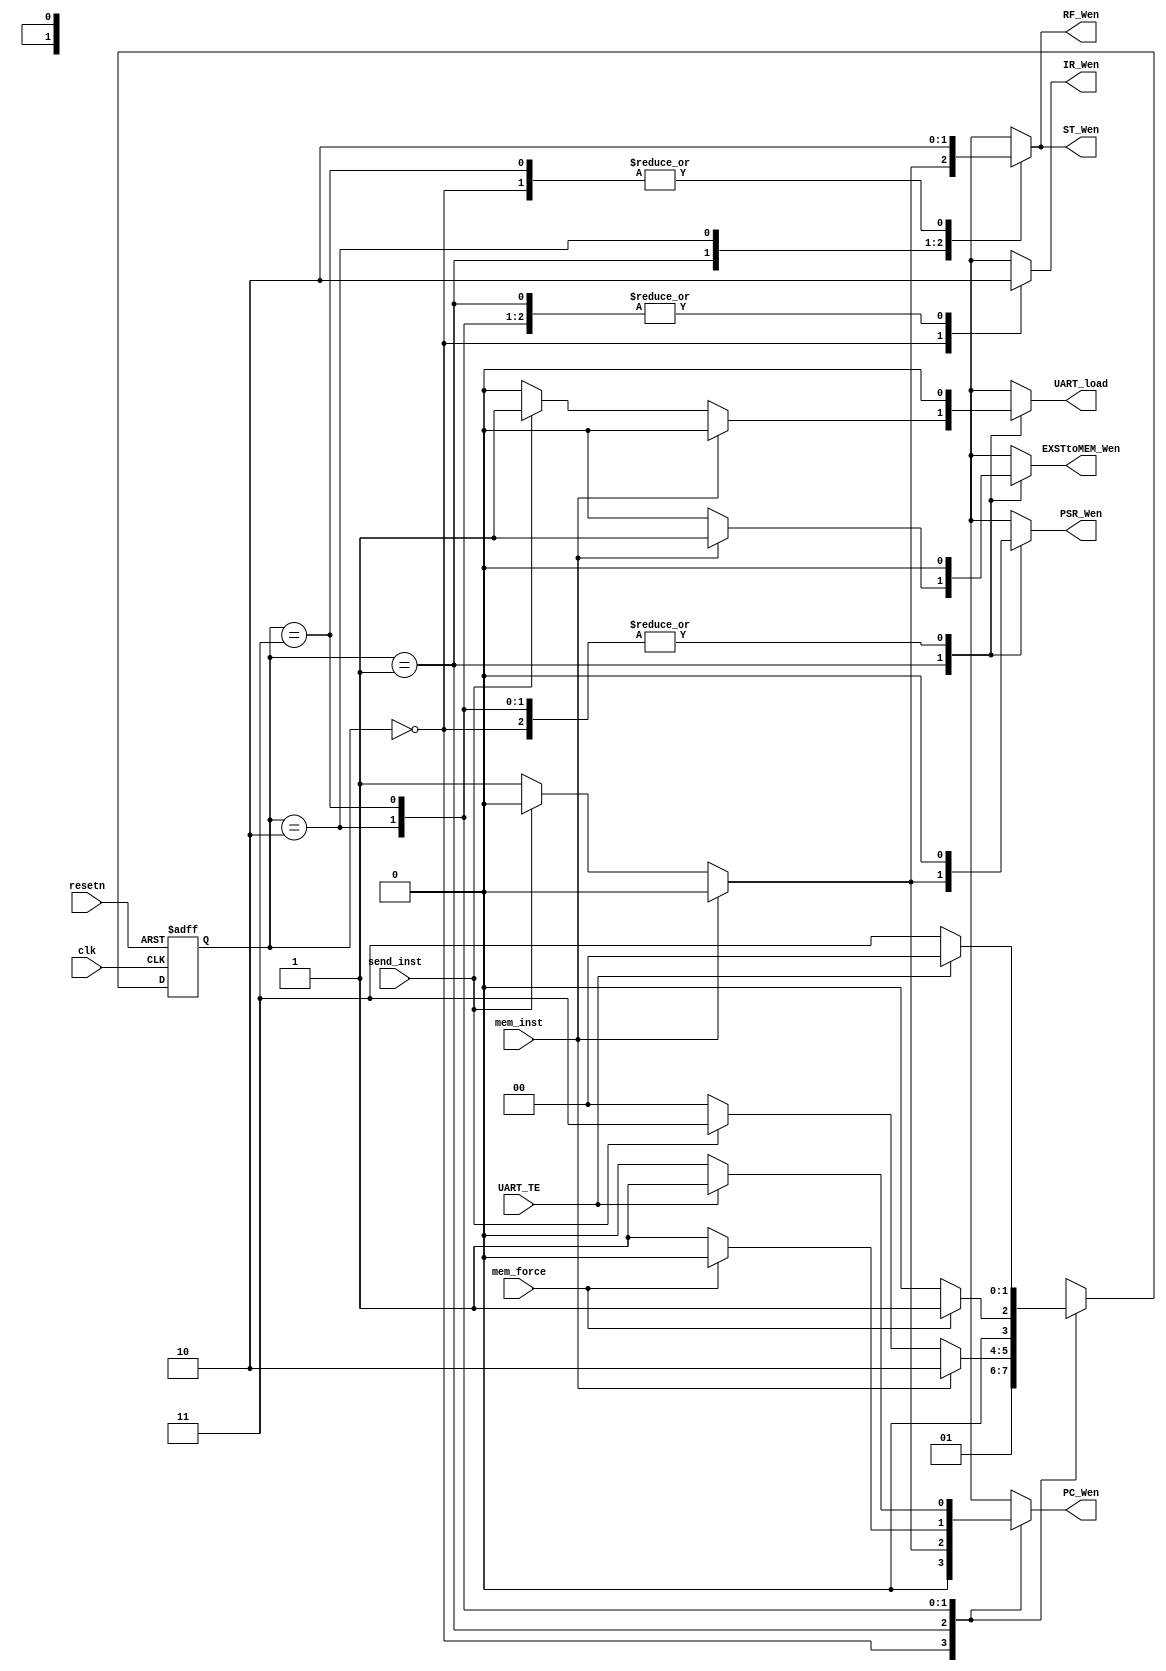
module stageFSM (
  input      clk,
  input      resetn,
  input      mem_inst,
  input      mem_force,
  input      send_inst,
  input      UART_TE,

  output reg EXSTtoMEM_Wen,
  output reg IR_Wen,
  output reg PC_Wen,
  output reg PSR_Wen,
  output reg RF_Wen,
  output reg ST_Wen,
  output reg UART_load
);

  /* stage register */
  reg [1:0] curr_stage;
  reg [1:0] next_stage;

  /* state parameters */
  localparam IF     = 2'b00;   /* instruction fetching state */
  localparam EXST   = 2'b01;   /* execute or stack operation state */
  localparam MEM    = 2'b10;   /* memory-related operation state */
  localparam SEND   = 2'b11;  /* UART_sending state */

  /* update current state */
  always @(posedge clk or negedge resetn)
    begin
      if(resetn == 1'b0)
        begin
          curr_stage <= IF;
        end
      else 
        begin
          curr_stage <= next_stage;
        end
    end

  /* compute next state */
  always @(*)
    begin
      case(curr_stage)
        IF:
          begin
            next_stage = EXST;
          end

        EXST:
          begin
            if(mem_inst == 1'b1)
              begin
                next_stage = MEM;
              end
            else if (send_inst == 1'b1)
              begin
                next_stage = SEND;
              end
            else
              begin
                next_stage = IF;
              end
          end

        MEM:
          begin
            next_stage = (mem_force == 1'b1) ? EXST : IF;
          end

        SEND:
          begin
            next_stage = (UART_TE == 1'b0) ? SEND : IF;
          end

        default:
          begin
            next_stage = IF;
          end
      endcase
  end

  always @(*)
    begin
      case(curr_stage)
        IF :
          begin
            EXSTtoMEM_Wen = 1'b0;
            IR_Wen      = 1'b1;
            PC_Wen      = 1'b0;
            PSR_Wen     = 1'b0;
            RF_Wen      = 1'b0;
            ST_Wen      = 1'b0;
            UART_load   = 1'b0;
          end

        EXST :
          begin
            if (mem_inst == 1'b1)
              begin
                EXSTtoMEM_Wen = 1'b1;
                IR_Wen      = 1'b0;
                PC_Wen      = 1'b0;
                PSR_Wen     = 1'b0;
                RF_Wen      = 1'b0;
                ST_Wen      = 1'b0;
                UART_load   = 1'b0;
              end
            else if (send_inst == 1'b1)
              begin
                EXSTtoMEM_Wen = 1'b0;
                IR_Wen      = 1'b0;
                PC_Wen      = 1'b0;
                PSR_Wen     = 1'b0;
                RF_Wen      = 1'b0;
                ST_Wen      = 1'b0;
                UART_load   = 1'b1;  /**/
              end
            else
              begin
                EXSTtoMEM_Wen = 1'b0;
                IR_Wen      = 1'b0;
                PC_Wen      = 1'b1;
                PSR_Wen     = 1'b1;
                RF_Wen      = 1'b1;
                ST_Wen      = 1'b1;
                UART_load   = 1'b0;
              end
          end

        MEM :
          begin
            EXSTtoMEM_Wen = 1'b0;  
            IR_Wen      = 1'b0;
            PC_Wen      = (mem_force == 1'b1) ? 1'b0 : 1'b1;
            PSR_Wen     = 1'b0;
            RF_Wen      = 1'b1;
            ST_Wen      = 1'b1;
            UART_load   = 1'b0;
          end

        SEND:
          begin
            EXSTtoMEM_Wen = 1'b0;
            IR_Wen      = 1'b0;
            PC_Wen      = (UART_TE == 1'b1) ? 1'b1 : 1'b0;
            PSR_Wen     = 1'b0;
            RF_Wen      = 1'b0;
            ST_Wen      = 1'b0;
            UART_load   = 1'b0;
          end

        default :
          begin
            EXSTtoMEM_Wen = 1'b0;
            IR_Wen      = 1'b0;
            PC_Wen      = 1'b0;
            PSR_Wen     = 1'b0;
            RF_Wen      = 1'b0;
            ST_Wen      = 1'b0;
            UART_load   = 1'b0;
          end
      endcase
  end

endmodule